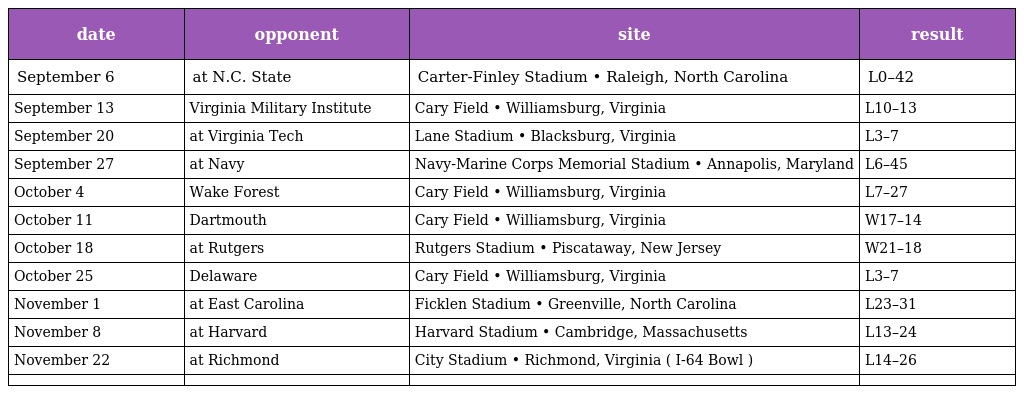
| date | opponent | site | result |
 | --- | --- | --- | --- |
 | September 6 | at N.C. State | Carter-Finley Stadium • Raleigh, North Carolina | L0–42 |
 | September 13 | Virginia Military Institute | Cary Field • Williamsburg, Virginia | L10–13 |
 | September 20 | at Virginia Tech | Lane Stadium • Blacksburg, Virginia | L3–7 |
 | September 27 | at Navy | Navy-Marine Corps Memorial Stadium • Annapolis, Maryland | L6–45 |
 | October 4 | Wake Forest | Cary Field • Williamsburg, Virginia | L7–27 |
 | October 11 | Dartmouth | Cary Field • Williamsburg, Virginia | W17–14 |
 | October 18 | at Rutgers | Rutgers Stadium • Piscataway, New Jersey | W21–18 |
 | October 25 | Delaware | Cary Field • Williamsburg, Virginia | L3–7 |
 | November 1 | at East Carolina | Ficklen Stadium • Greenville, North Carolina | L23–31 |
 | November 8 | at Harvard | Harvard Stadium • Cambridge, Massachusetts | L13–24 |
 | November 22 | at Richmond | City Stadium • Richmond, Virginia ( I-64 Bowl ) | L14–26 |
 |  |  |  |  |